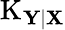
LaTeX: \operatorname{K}_{\mathbf{Y|X}}